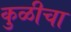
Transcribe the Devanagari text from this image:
कुळीचा